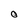
Character: O